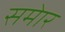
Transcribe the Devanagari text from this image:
समेार